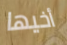
أخيها